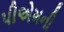
પીએમની